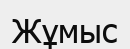
Жұмыс